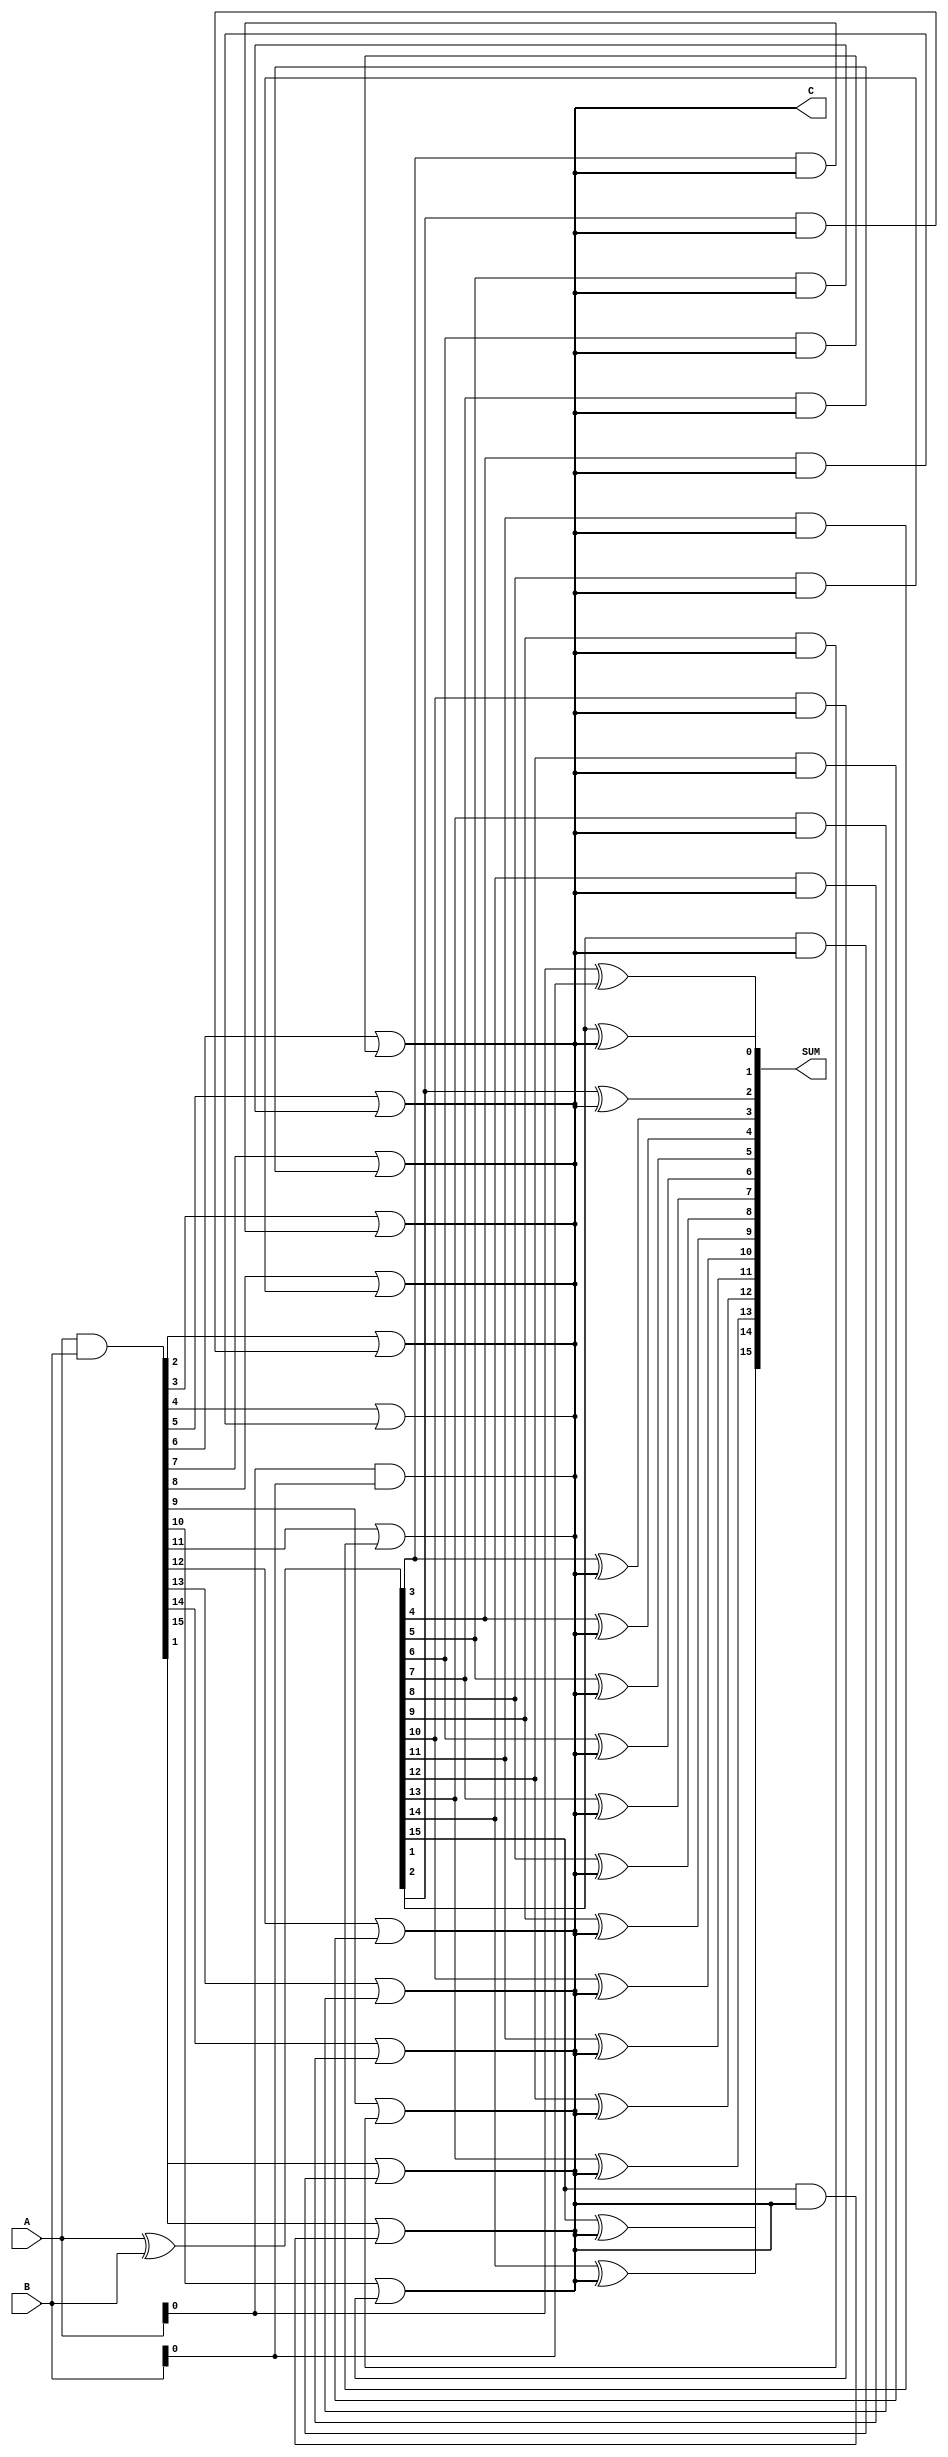
module Kogge_Stone_Adder(input [15:0] A, input [15:0] B, output [15:0] SUM, output C);

  wire [15:0] P, G;

  assign P = A ^ B;
  assign G = A & B;

  assign SUM[0] = A[0] ^ B[0];
  assign C = A[0] & B[0];

  genvar i;
  generate
    for (i = 1; i < 16; i = i + 1) begin
      assign SUM[i] = P[i] ^ C;
      assign C = G[i] | (P[i] & C);
    end
  endgenerate

endmodule